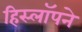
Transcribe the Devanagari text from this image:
हिस्लॉपने